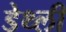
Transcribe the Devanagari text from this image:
डेथ्ली